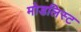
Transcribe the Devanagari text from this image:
मोडलिस्ट